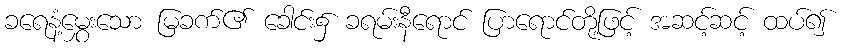
ခရေနံ့မွှေးသော မြခက်၏ ခေါင်း၌ ခရမ်းနီရောင် ပြာရောင်တို့ဖြင့် အဆင့်ဆင့် ထပ်၍